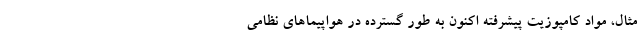
مثال، مواد کامپوزیت پیشرفته اکنون به طور گسترده در هواپیماهای نظامی